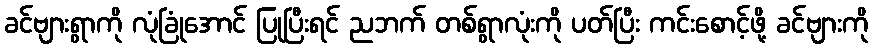
ခင်ဗျားရွာကို လုံခြုံအောင် ပြုပြီးရင် ညဘက် တစ်ရွာလုံးကို ပတ်ပြီး ကင်းစောင့်ဖို့ ခင်ဗျားကို